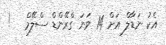
އެކު ނަޑާލް އަށް 14 ވަނަ ގްރޭންޑް ސްލޭމް   !